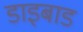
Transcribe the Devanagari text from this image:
डाइबाड